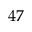
4 7